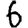
Digit: 6